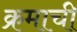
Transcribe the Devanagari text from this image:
क्रमाची